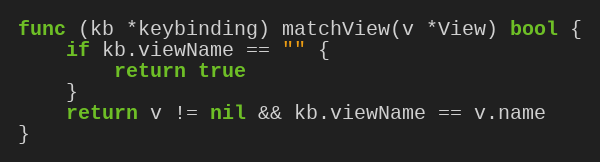
Language: Go
func (kb *keybinding) matchView(v *View) bool {
	if kb.viewName == "" {
		return true
	}
	return v != nil && kb.viewName == v.name
}